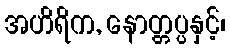
အဟိရိက, နောတ္တပ္ပနှင့်၊